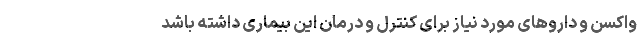
واکسن و داروهای مورد نیاز برای کنترل و درمان این بیماری داشته باشد